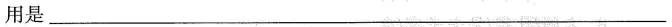
用是___